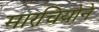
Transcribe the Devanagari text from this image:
मारचियोने